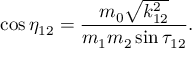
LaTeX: \cos \eta _ { 1 2 } = \frac { m _ { 0 } \sqrt { k _ { 1 2 } ^ { 2 } } } { m _ { 1 } m _ { 2 } \sin \tau _ { 1 2 } } .